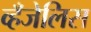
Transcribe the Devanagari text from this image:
व्हँजेलिस